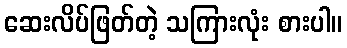
ဆေးလိပ်ဖြတ်တဲ့ သကြားလုံး စားပါ။